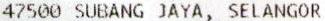
47500 SUBANG JAYA, SELANGOR